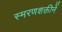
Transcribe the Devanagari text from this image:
स्मरणशक्तीनें